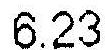
6.23